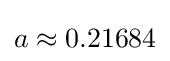
a\approx 0.21684